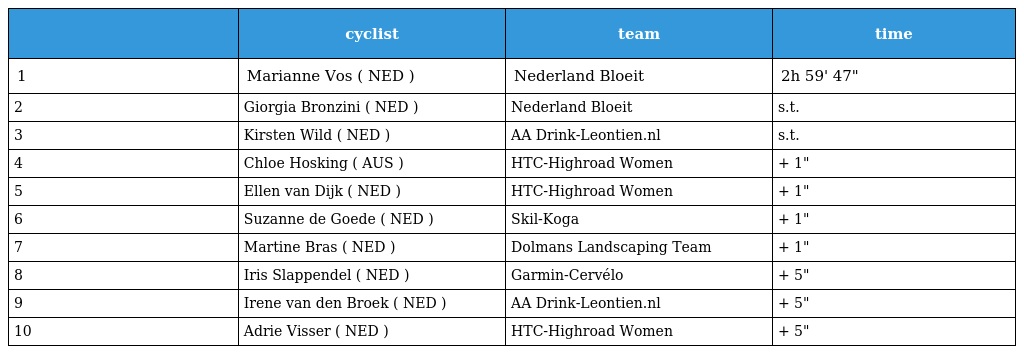
|  | cyclist | team | time |
 | --- | --- | --- | --- |
 | 1 | Marianne Vos ( NED ) | Nederland Bloeit | 2h 59' 47" |
 | 2 | Giorgia Bronzini ( NED ) | Nederland Bloeit | s.t. |
 | 3 | Kirsten Wild ( NED ) | AA Drink-Leontien.nl | s.t. |
 | 4 | Chloe Hosking ( AUS ) | HTC-Highroad Women | + 1" |
 | 5 | Ellen van Dijk ( NED ) | HTC-Highroad Women | + 1" |
 | 6 | Suzanne de Goede ( NED ) | Skil-Koga | + 1" |
 | 7 | Martine Bras ( NED ) | Dolmans Landscaping Team | + 1" |
 | 8 | Iris Slappendel ( NED ) | Garmin-Cervélo | + 5" |
 | 9 | Irene van den Broek ( NED ) | AA Drink-Leontien.nl | + 5" |
 | 10 | Adrie Visser ( NED ) | HTC-Highroad Women | + 5" |